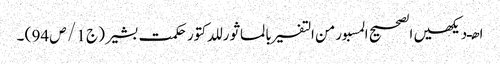
ا ھـ دیکھیں الصحیح المسبورمن التفسیر بالماثور للدکتور حکمت بشیر ( ج 1 / ص 94 ) ۔